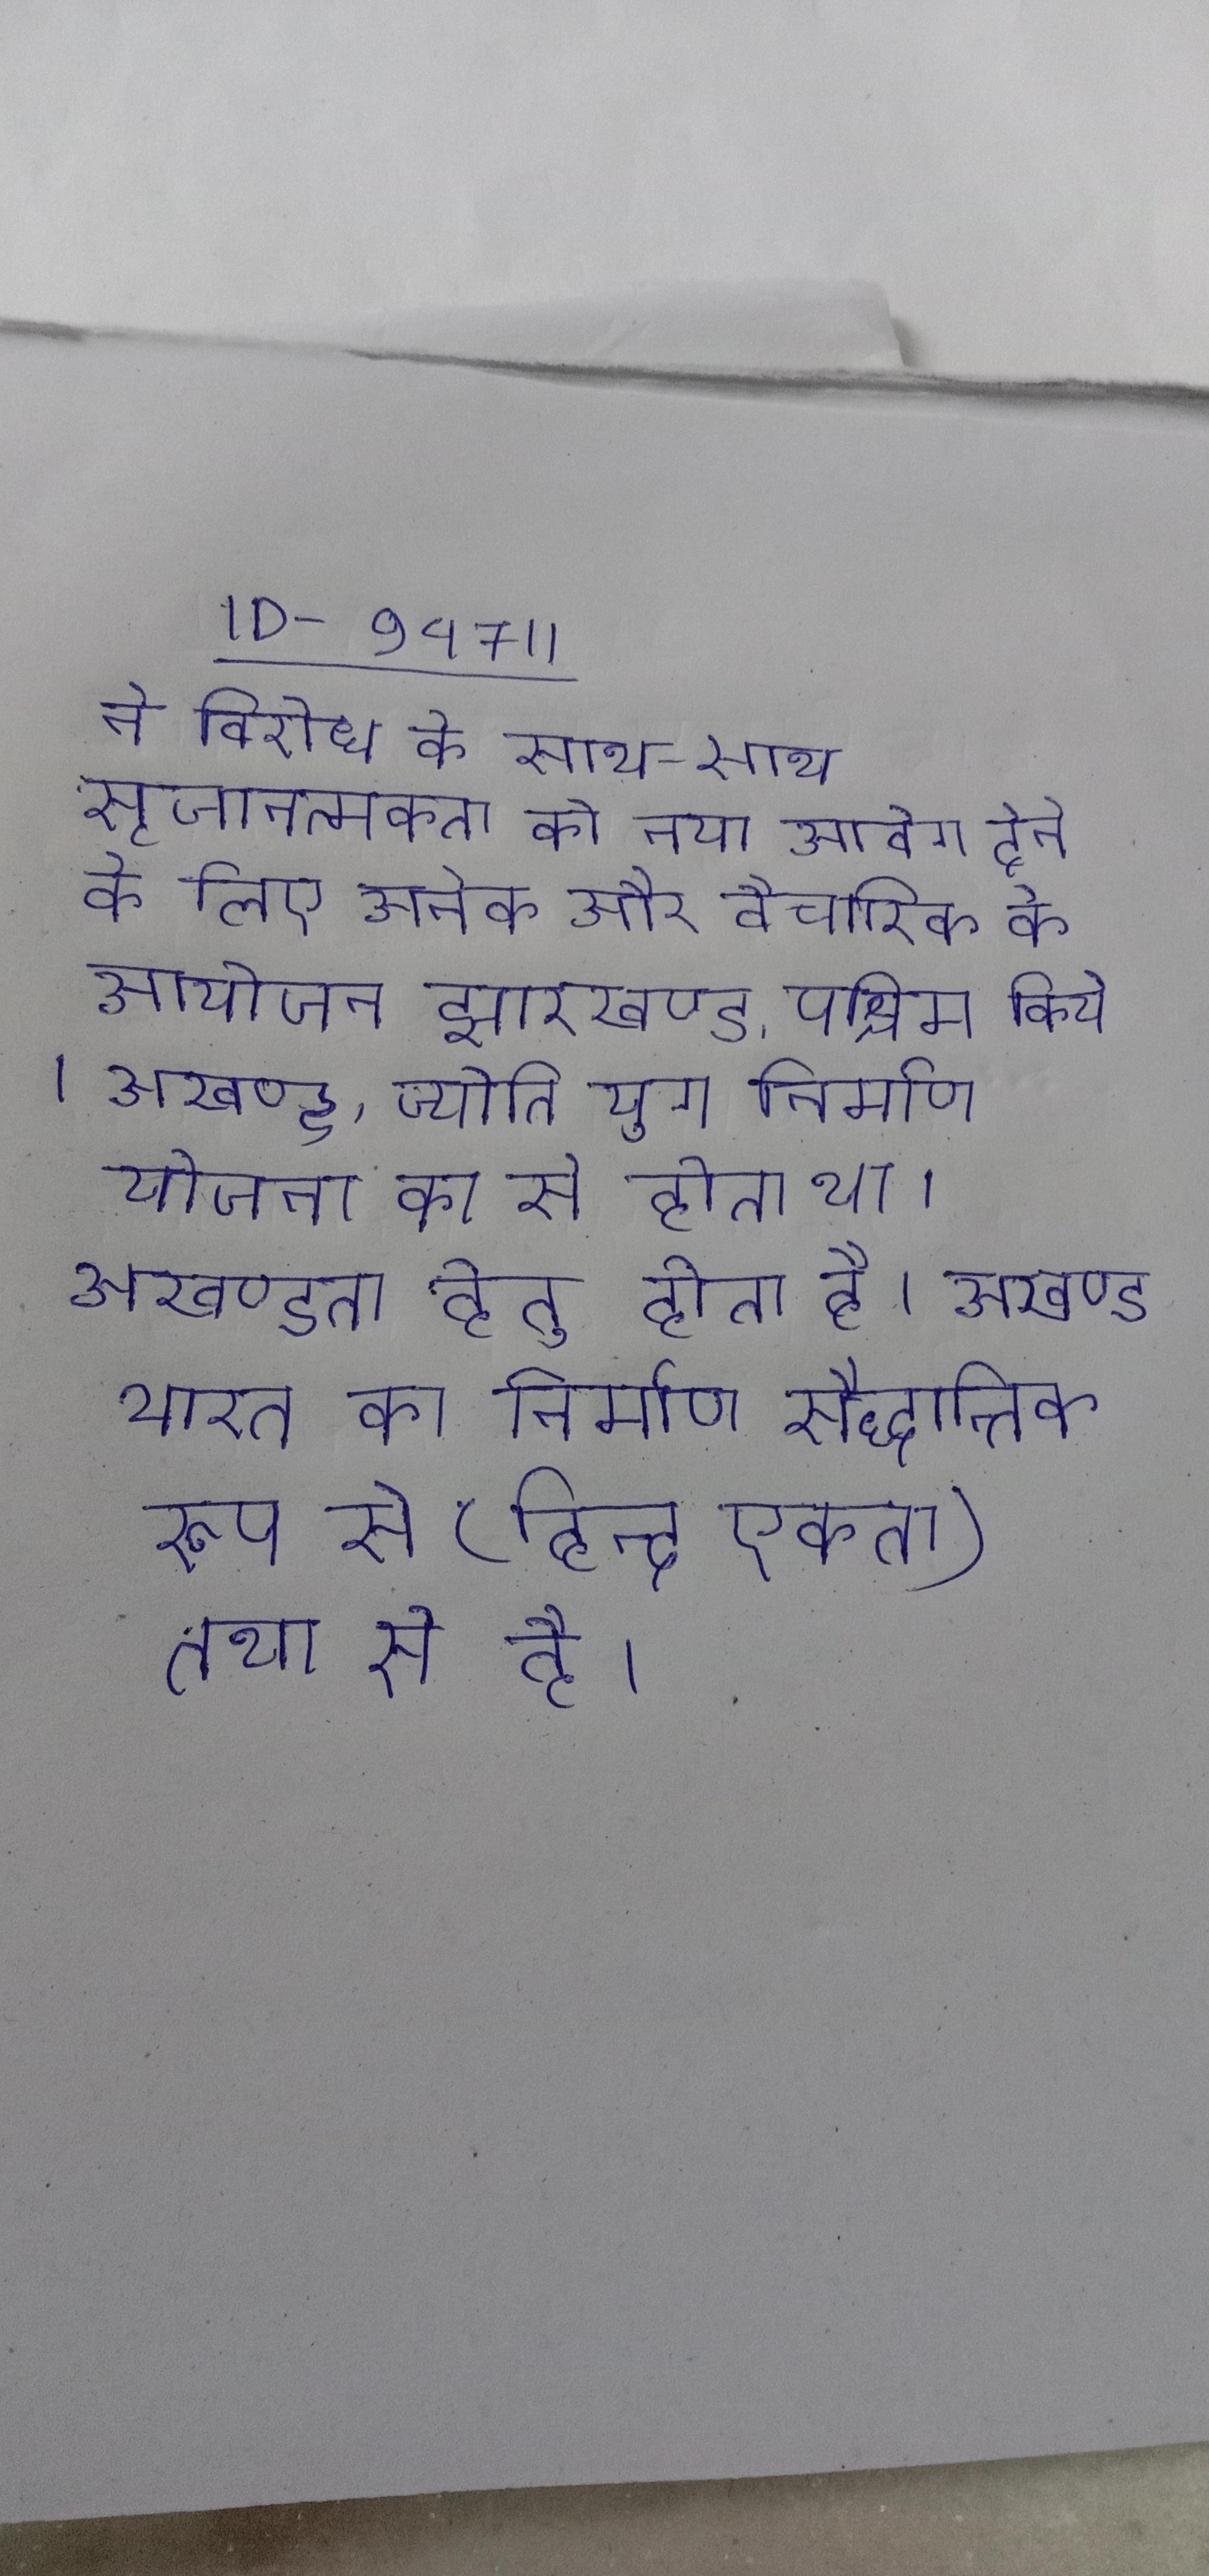
ने विरोध के साथ-साथ सृजानत्मकता को नया आवेग देने के लिए अनेक और वैचारिक के आयोजन झारखण्ड, पश्चिम किये । अखण्ड ज्योति युग निर्माण योजना का से होता था । अखण्डता हेतु होता है । अखण्ड भारत का निर्माण सैद्धान्तिक रूप से (हिन्दू एकता) तथा से है ।